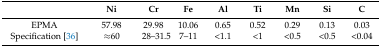
<table><thead><tr><td></td><td><b>Ni</b></td><td><b>Cr</b></td><td><b>Fe</b></td><td><b>Al</b></td><td><b>Ti</b></td><td><b>Mn</b></td><td><b>Si</b></td><td><b>C</b></td></tr></thead><tbody><tr><td>EPMA</td><td>57.98</td><td>29.98</td><td>10.06</td><td>0.65</td><td>0.52</td><td>0.29</td><td>0.13</td><td>0.03</td></tr><tr><td>Specification [36]</td><td>≈60</td><td>28–31.5</td><td>7–11</td><td>&lt;1.1</td><td>&lt;1</td><td>&lt;0.5</td><td>&lt;0.5</td><td>&lt;0.04</td></tr></tbody></table>